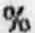
%